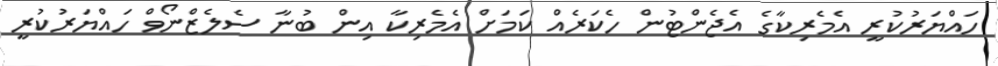
ހައްޔަރުކުރީ އެމެރިކާގެ އެޖެންޓުން ހެކަރެއް ކަމަށް އެމެރިކާ އިން ބުނާ ސެލެޒްނޯވް ހައްޔަރުކުރީ